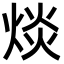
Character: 㷋